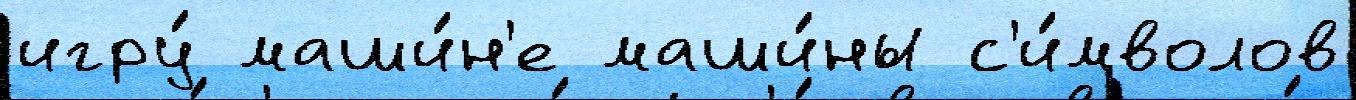
игру́ маши́н'е маши́ны с'и́мволов